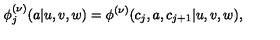
\phi _ { j } ^ { ( \nu ) } ( a | u , v , w ) = \phi ^ { ( \nu ) } ( c _ { j } , a , c _ { j + 1 } | u , v , w ) ,